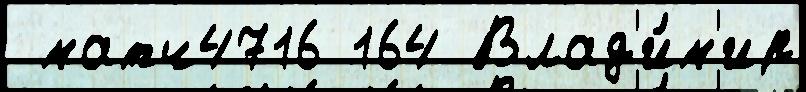
 матч4716 164 Влад'и́м'ир